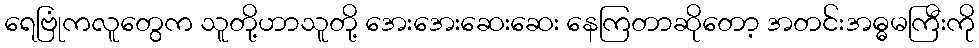
ရေဗြုံကလူတွေက သူတို့ဟာသူတို့ အေးအေးဆေးဆေး နေကြတာဆိုတော့ အတင်းအဓ္ဓမကြီးကို